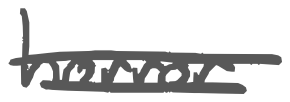
Text: horror
Cross-out: double-line
Writing tool: digital_gray